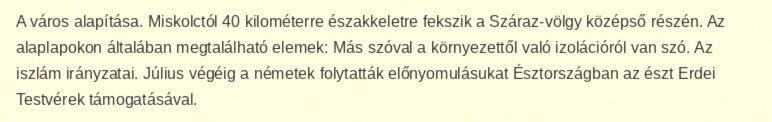
A város alapítása. Miskolctól 40 kilométerre északkeletre fekszik a Száraz-völgy középső részén. Az alaplapokon általában megtalálható elemek: Más szóval a környezettől való izolációról van szó. Az iszlám irányzatai. Július végéig a németek folytatták előnyomulásukat Észtországban az észt Erdei Testvérek támogatásával.